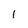
Character: 1